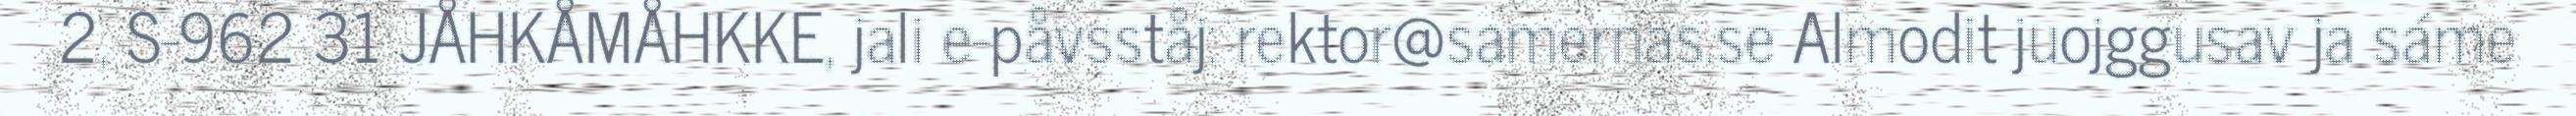
2, S-962 31 JÅHKÅMÅHKKE, jali e-påvsståj: rektor@samernas.se Almodit juojggusav ja sáme